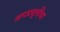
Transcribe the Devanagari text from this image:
अपप्रवृत्तींचा